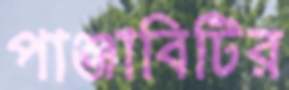
পাঞ্জাবিটির